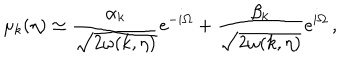
LaTeX: \mu _ { k } ( \eta ) \simeq \frac { \alpha _ { k } } { \sqrt { 2 \omega ( k , \eta ) } } \mathrm { e } ^ { - i \Omega } + \frac { \beta _ { k } } { \sqrt { 2 \omega ( k , \eta ) } } \mathrm { e } ^ { i \Omega } \, ,